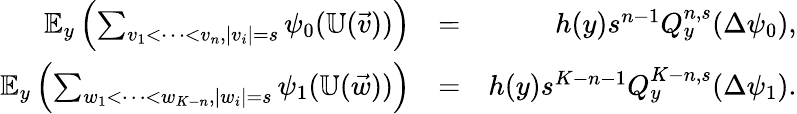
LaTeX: \begin{array}{rlr}{\mathbb{E}_{y}\left(\sum_{v_{1}<\cdots<v_{n},|v_{i}|=s}\psi_{0}(\mathbb{U}(\vec{v}))\right)}&{=}&{h(y)s^{n-1}Q_{y}^{n,s}(\Delta\psi_{0}),}\\ {\mathbb{E}_{y}\left(\sum_{w_{1}<\cdots<w_{K-n},|w_{i}|=s}\psi_{1}(\mathbb{U}(\vec{w}))\right)}&{=}&{h(y)s^{K-n-1}Q_{y}^{K-n,s}(\Delta\psi_{1}).}\end{array}